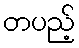
တပည့်